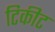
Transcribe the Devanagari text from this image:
टिकीट